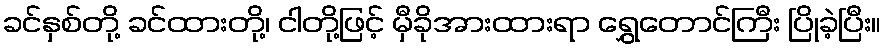
ခင်နှစ်တို့ ခင်ထားတို့၊ ငါတို့ဖြင့် မှီခိုအားထားရာ ရွှေတောင်ကြီး ပြိုခဲ့ပြီး။